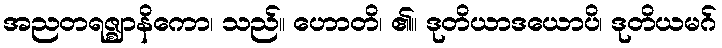
အညတရဇ္ဈာနိကော၊ သည်။ ဟောတိ၊ ၏။ ဒုတိယာဒယောပိ၊ ဒုတိယမဂ်